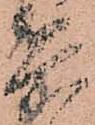
兵